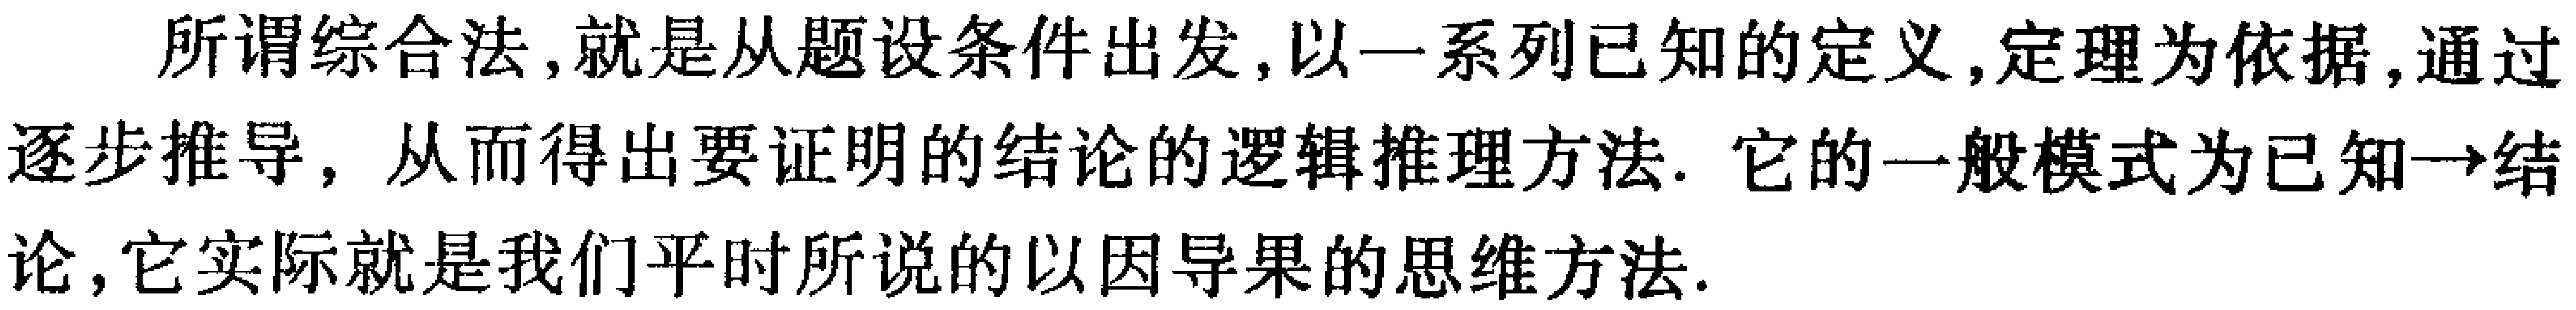
所谓综合法,就是从题设条件出发,以一系列已知的定义,定理为依据,通过逐步推导，从而得出要证明的结论的逻辑推理方法. 它的一般模式为已知→结论,它实际就是我们平时所说的以因导果的思维方法.